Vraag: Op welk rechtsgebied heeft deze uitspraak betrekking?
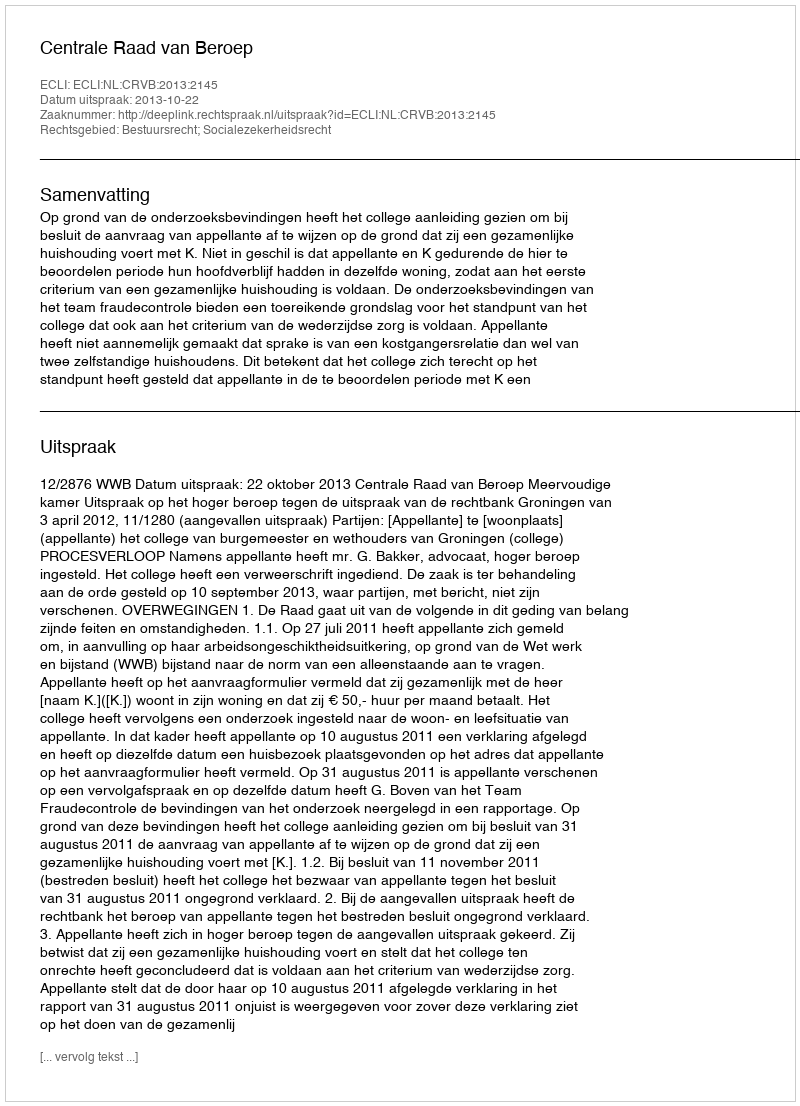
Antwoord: Bestuursrecht; Socialezekerheidsrecht